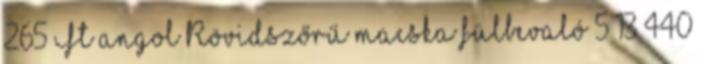
265 Ft angol Rövidszőrű macska fülbevaló 5 13 440